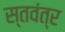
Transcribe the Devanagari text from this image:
स्तवंत्र